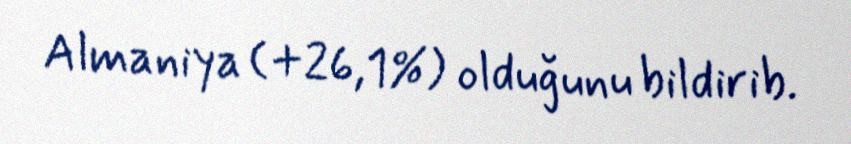
Almaniya (+26,1%) olduğunu bildirib.